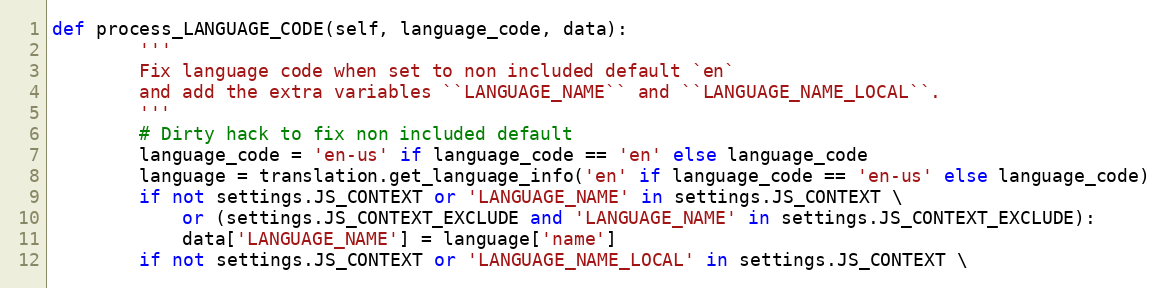
Language: Python
def process_LANGUAGE_CODE(self, language_code, data):
        '''
        Fix language code when set to non included default `en`
        and add the extra variables ``LANGUAGE_NAME`` and ``LANGUAGE_NAME_LOCAL``.
        '''
        # Dirty hack to fix non included default
        language_code = 'en-us' if language_code == 'en' else language_code
        language = translation.get_language_info('en' if language_code == 'en-us' else language_code)
        if not settings.JS_CONTEXT or 'LANGUAGE_NAME' in settings.JS_CONTEXT \
            or (settings.JS_CONTEXT_EXCLUDE and 'LANGUAGE_NAME' in settings.JS_CONTEXT_EXCLUDE):
            data['LANGUAGE_NAME'] = language['name']
        if not settings.JS_CONTEXT or 'LANGUAGE_NAME_LOCAL' in settings.JS_CONTEXT \